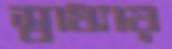
স্বাধ্যায়